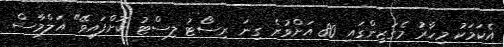
އެކަމަކު މިހާރު މެގަޒިންގައި 80 އަށްވުރެ ގިނަ ރިސޯޓު ލިސްޓު ކޮށްފައިވޭ" އަލްމާސް